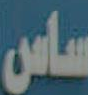
ساس